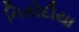
નિકોદીયા